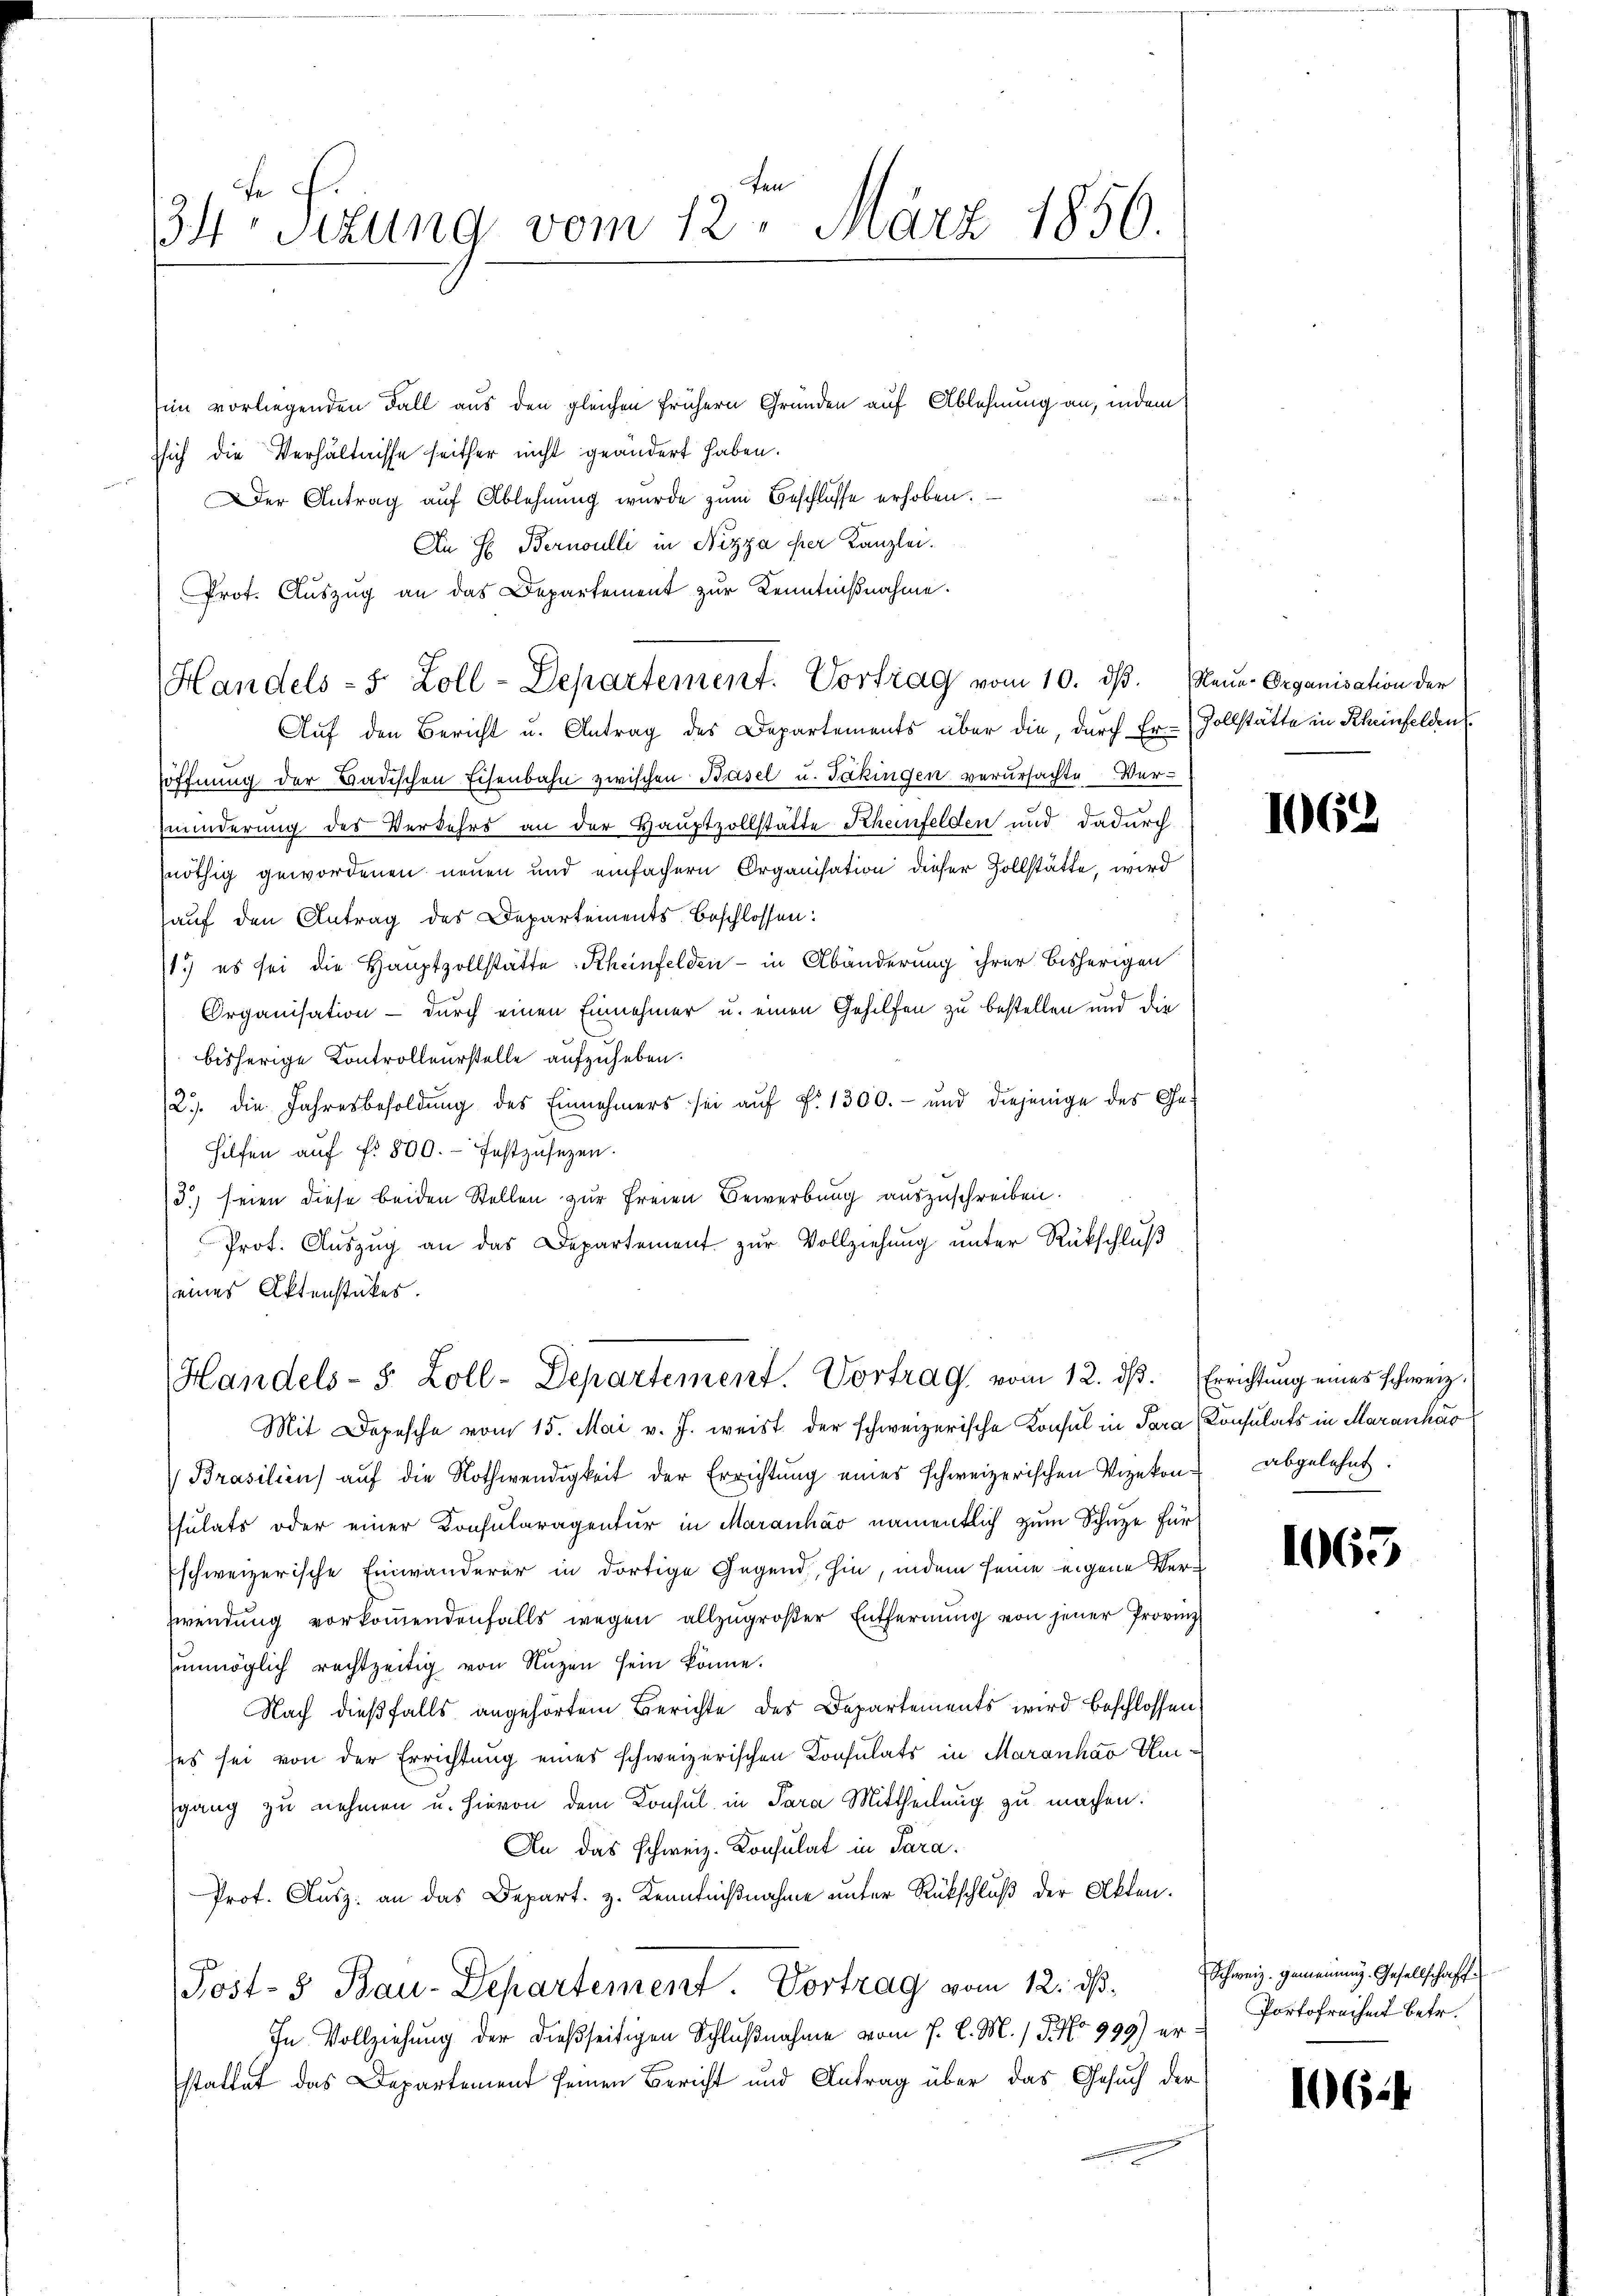
34te Sizung vom 12. März 1850.

Ein vorliegenden Fall aus den gleichen frühern Gründen auf Ablehnung an, indem
ssich die Verhältnisse seither nicht geändert haben.
Der Antrag auf Ablehnung wurde zum Beschlüsse erhoben.
An H. Bernoulli in Nizza ser Kanzlei.
Prot. Aŭszŭg an das Departement zur Kenntnißnahme.
Handels- 5 Zoll-Departement. Vortrag vom 10. dβ. Neŭe-Organisation der
Auf den Bericht u. Antrag des Departements über die, durch Er- (Zollstätte in Rheinfelden
öffnung der Badischen Eisenbahn zwischen Basel u. Takingen verursachte Verminderung des Verkehrs an der Hauptzollstätte Rheinfelden und dadurch
nöthig gewordenen neuen und einfachern Organisation dieser Vollstätte, wird
auf den Antrag des Departements-Beschlossen:
1.) es sei die Hauptzollstätte Rheinfelden - in Abänderung ihrer bisherigen
Organisation - durch einen Einnehmer u. einen Gehilfen zu bestellen und die
bisherige Kontrolleurstelle aufzuheben.
2. die Jahresbesoldung des Einnehmers sei aŭf §. 1300.- und diejenige des Ge-
Hilfen aŭf fr. 800. festzusetzen.
3) seien diese beiden Stellen zur Freien Bewerbung auszuschreiben.
Prot. Auszug an das Departement zur Vollziehung unter Rückschluß
seines Aktenstückes.

Handels-S. Zoll-Departement. Vortrag vom 12. dβ. Errichtŭng eines schweiz.

Mit Depesche vom 15. Mai v. J. weist der schweizerische Konsul in Sara Consulats in Maranhar
Brasilien aŭf die Nothwendigkeit der Errichtŭng eines schweizerischen Vizekon abgelehnt.
sulats oder einer Konsularagentur in Maranháo namentlich zum Schütze für
Eschweizerische Einwanderer in dortige Gegend, hin, indem seine eigene Ver¬
Zwendung vorkoṁendenfalls wegen allzŭgroβer Entfernŭng von jener Provinz
ŭnmöglich rechtzeitig von Nuzen sein könne.
Nach dießfalls angehörtem Berichte des Departements wird beschlossen,
ses sei von der Errichtung eines schweizerischen Konsulats in Maranhao Umsgang zu nehmen u. hievon dem Konsul in Sara Mittheilung zu machen.
An das Schweiz. Konsulat in Para.
Prot. Ausz: an das Depart. z. Kenntnißnahme unter Rückschluß der Akten.
Post- & Bau-Departement. Vortrag vom 12. ds.
In Vollziehung der dießseitigen Schlußnahme vom 7. d. M. / 5. No 999) er-
stattet das Departement seinen Bericht und Antrag über das Gesuch der

auf

1062

1065

Schweiz. Gemeinung. Gesellschaft
Portofreiheit betr.

10624